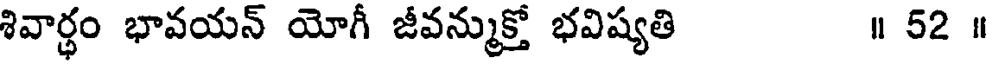
శివార్థం భావయన్ యోగీ జీవన్ముక్తో భవిష్యతి ॥ 52 ॥